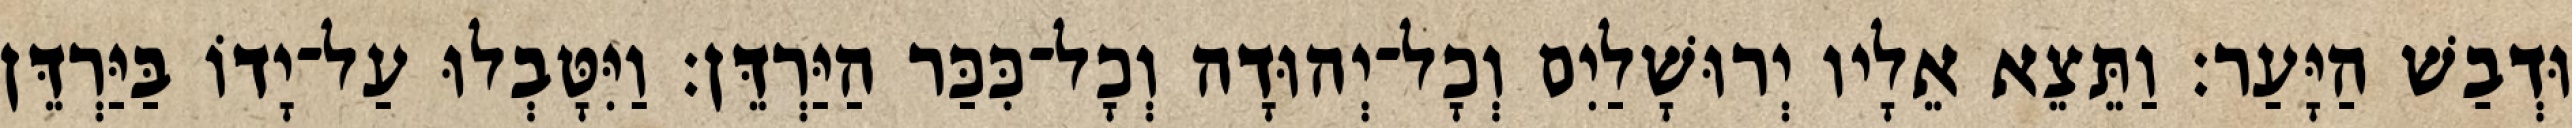
וּדְבַשׁ הַיָּעַר׃ וַתֵּצֵא אֵלָיו יְרוּשָׁלַיִם וְכָל־יְהוּדָה וְכָל־כִּכַּר הַיַּרְדֵּן׃ וַיִּטָּבְלוּ עַל־יָדוֹ בַּיַּרְדֵּן